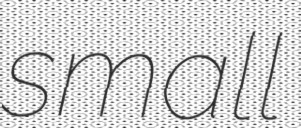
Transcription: small